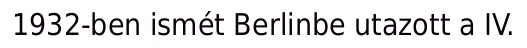
1932-ben ismét Berlinbe utazott a IV.